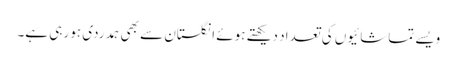
ویسے تماشائیوں کی تعداد دیکھتے ہوئے انگلستان سے بھی ہمدردی ہو رہی ہے۔